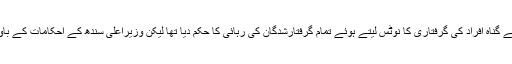
میڈیا میں شائع ونشر ہونے والی اطلاعات کے مطابق وزیر اعلیٰ سندھ سیدمرادعلی شاہ نے ان بے گناہ افراد کی گرفتاری کا نوٹس لیتے ہوئے تمام گرفتارشدگان کی رہائی کا حکم دیا تھا لیکن وزیراعلیٰ سندھ کے احکامات کے باوجود ان گرفتارشدگان کو تاحال رہا نہیں کیاگیا ہے جس کی جتنی بھی مذمت کی جائے کم ہے ۔